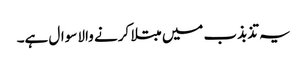
یہ تذبذب میں مبتلا کرنے والا سوال ہے۔